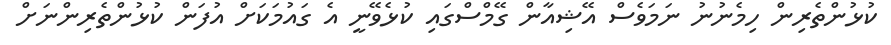
ކުޅުންތެރިން ހިމެނުނު ނަމަވެސް އޭޝިއާން ގޭމްސްގައި ކުޅެވޭނީ އެ ގައުމަކަށް އުފަން ކުޅުންތެރިންނަށް